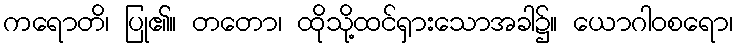
ကရောတိ၊ ပြု၏။ တတော၊ ထိုသို့ထင်ရှားသောအခါ၌။ ယောဂါဝစရော၊